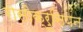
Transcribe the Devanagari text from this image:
रोसीक्रुसियन